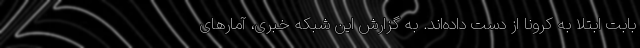
بابت ابتلا به کرونا از دست داده‌اند. به گزارش این شبکه خبری، آمارهای